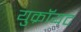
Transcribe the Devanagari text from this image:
युक्रॉयट